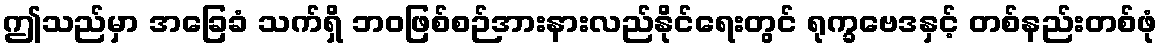
ဤသည်မှာ အခြေခံ သက်ရှိ ဘဝဖြစ်စဉ်အားနားလည်နိုင်ရေးတွင် ရုက္ခဗေဒနှင့် တစ်နည်းတစ်ဖုံ